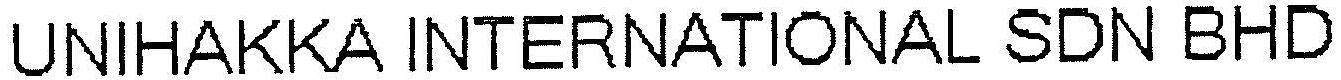
UNIHAKKA INTERNATIONAL SDN BHD